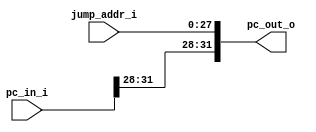
module Jump_cat
(
    pc_in_i,
    jump_addr_i,
    pc_out_o
);
input [31:0] pc_in_i;
input [27:0]jump_addr_i;

output wire [31:0] pc_out_o;

assign pc_out_o = {pc_in_i[31:28],jump_addr_i};

endmodule